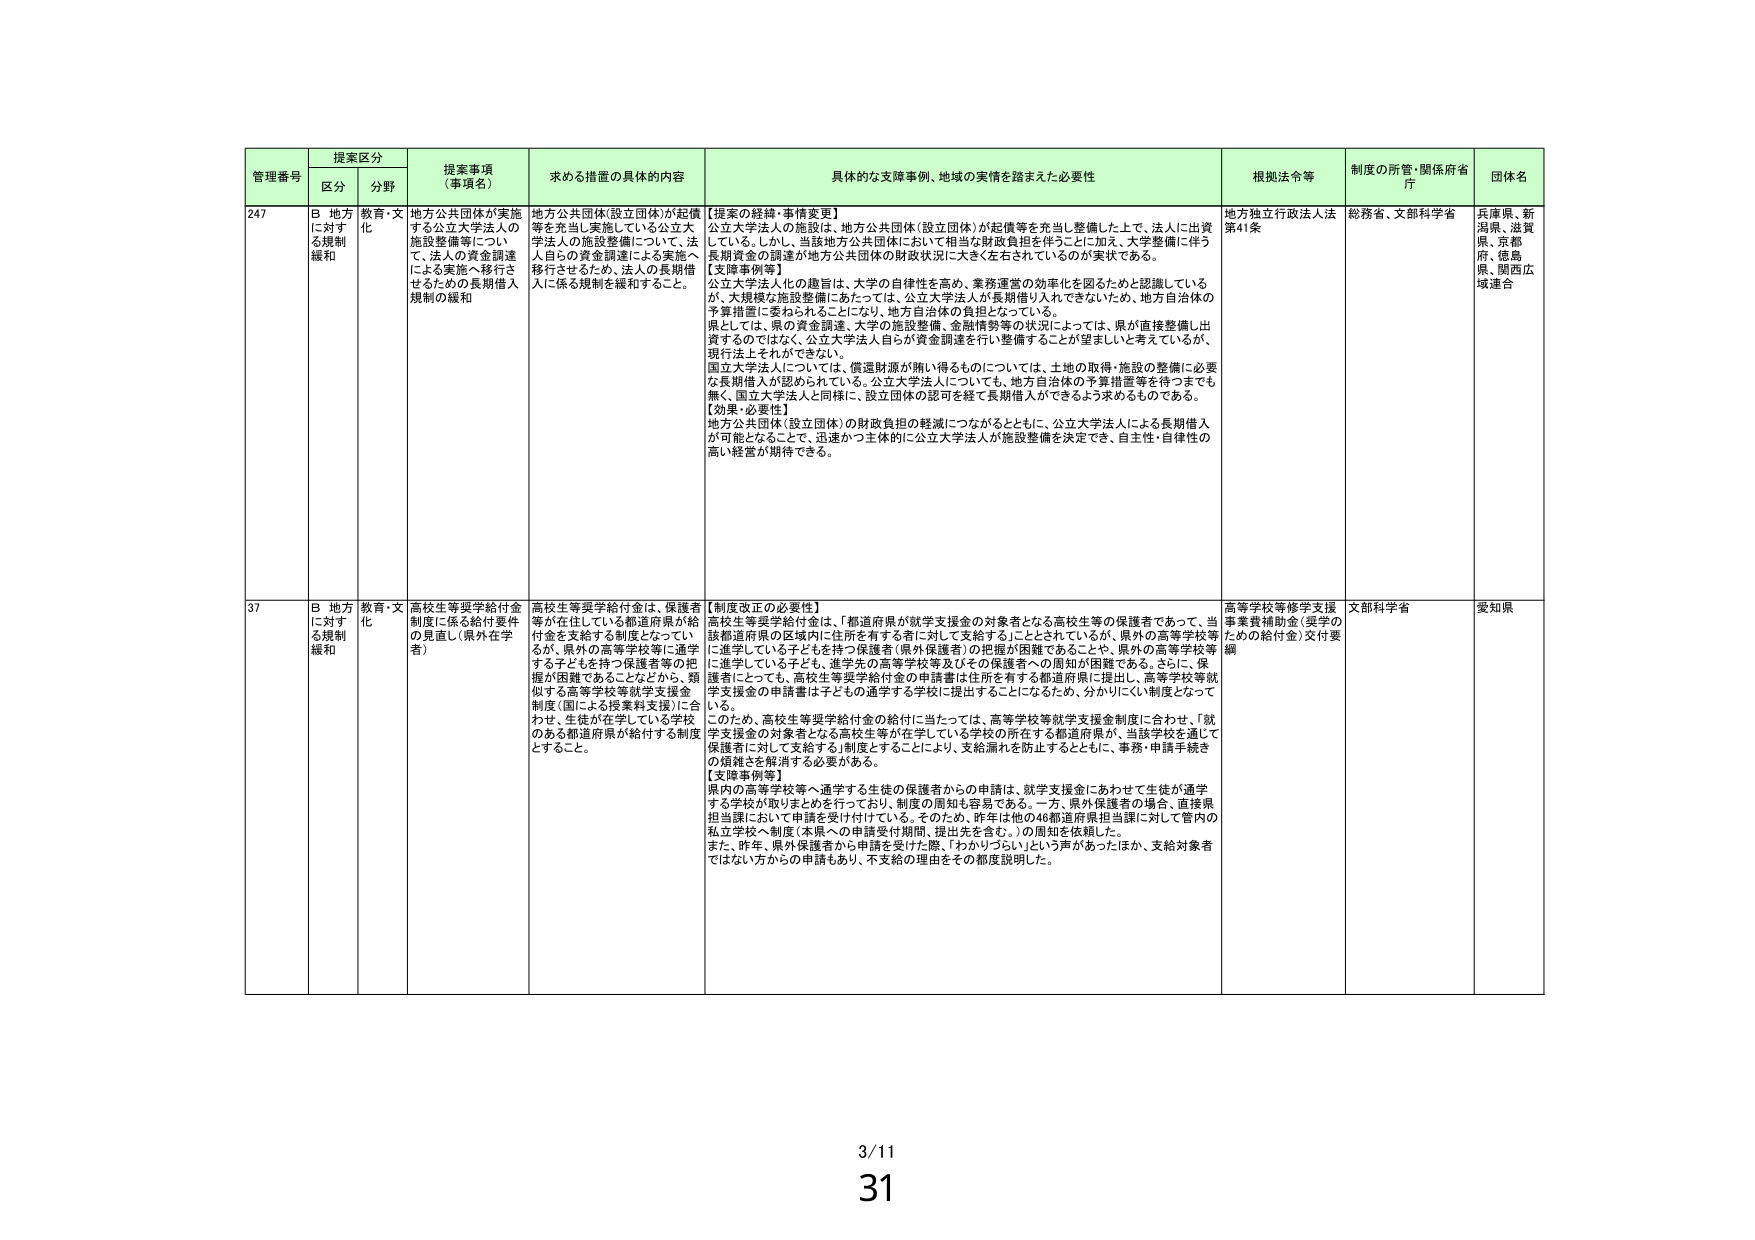
管理番号 提案区分 提案事項（事項名） 求める措置の具体的内容 具体的な支障事例、地域の実情を踏まえた必要性 根拠法令等 制度の所管・関係府省庁 団体名
区分 分野
247 B 地方に対する規制緩和 教育・文化 地方公共団体が実施する公立大学法人の施設整備等について、法人の資金調達による実施へ移行させるための長期借入規制の緩和 地方公共団体(設立団体)が起債等を充当し実施している公立大学法人の施設整備について、法人自らの資金調達による実施へ移行させるため、法人の長期借入に係る規制を緩和すること。 【提案の経緯・事情変更】 公立大学法人の施設は、地方公共団体(設立団体)が起債等を充当し整備した上で、法人に出資している。しかし、当該地方公共団体において相当な財政負担を伴うことにな加え、大学整備に伴う長期資金の調達が地方公共団体の財政状況に大きく左右されているのが実状である。 【支障事例等】 公立大学法人化の趣旨は、大学の自律性を高め、業務運営の効率化を図るためと認識しているが、大規模な施設整備にあたっては、公立大学法人が長期借り入れできないため、地方自治体の予算措置に委ねられることになり、地方自治体の負担となっている。 県としては、県の資金調達、大学の施設整備、金融情勢等の状況によっては、県が直接整備し出資するのではなく、公立大学法人自らが資金調達を行い整備することが望ましいと考えているが、現行法上それができない。 国立大学法人については、償還財源が賄い得るものについては、土地の取得・施設の整備に必要な長期借入が認められている。公立大学法人についても、地方自治体の予算措置等を待つまでも無く、国立大学法人と同様に、設立団体の認可を経て長期借入ができるよう求めるものである。 【効果・必要性】 地方公共団体(設立団体)の財政負担の軽減につながるとともに、公立大学法人による長期借入が可能となることで、迅速かつ主体的に公立大学法人が施設整備を決定でき、自主性・自律性の高い経営が期待できる。 地方独立行政法人法第41条 総務省、文部科学省 兵庫県、新潟県、滋賀県、京都府、徳島県、関西広域連合
37 B 地方に対する規制緩和 教育・文化 高校生等奨学給付金制度に係る給付要件の見直し(県外在学者) 高校生等奨学給付金は、保護者等が在住している都道府県が給付金を支給する制度となっているが、県外の高等学校等に通学する子どもを持つ保護者等の把握が困難であるなどから、類似する高等学校等就学支援金制度(国による授業料支援)に合わせ、生徒が在学している学校のある都道府県が給付する制度とすること。 【制度改正の必要性】 高校生等奨学給付金は、「都道府県が就学支援金の対象者となる高校生等の保護者であって、当該都道府県の区域内に住所を有する者に対して支給すること」とされているが、県外の高等学校等に進学している子どもを持つ保護者(県外保護者)の把握が困難であることや、県外の高等学校等に進学している子ども、進学先の高等学校等及びその保護者への周知が困難である。さらに、保護者にとっても、高校生等奨学給付金の申請書は住所を有する都道府県に提出し、高等学校等就学支援金の申請書は子どもの通学する学校に提出することになるため、分かりにくい制度となっている。 このため、高校生等奨学給付金の給付に当たっては、高等学校等就学支援金制度に合わせ、「就学支援金の対象者となる高校生等が在学している学校の所在する都道府県が、当該学校を通じて保護者に対して支給する」制度とすることにより、支給漏れを防止するとともに、事務・申請手続きの煩雑さを解消する必要がある。 【支障事例等】 県内の高等学校等へ通学する生徒の保護者からの申請は、就学支援金にあわせて生徒が通学する学校が取りまとめを行っており、制度の周知も容易である。一方、県外保護者の場合、直接県担当課において申請を受け付けている。そのため、昨年は他の46都道府県担当課に対して管内の私立学校へ制度(本県への申請受付期間、提出先を含む。)の周知を依頼した。 また、昨年、県外保護者から申請を受けた際、「わかりづらい」という声があったほか、支給対象者ではない方からの申請もあり、不支給の理由をその都度説明した。 高等学校等修学支援事業費補助金(奨学のための給付金)交付要綱 文部科学省 愛知県
3/11
31